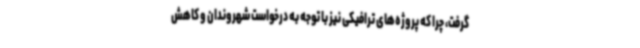
گرفت، چرا که پروژه‌های ترافیکی نیز با توجه به درخواست شهروندان و کاهش